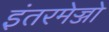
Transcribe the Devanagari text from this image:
इंतरमेज्जो